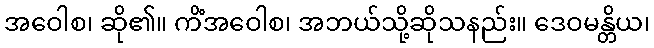
အဝေါစ၊ ဆို၏။ ကိံအဝေါစ၊ အဘယ်သို့ဆိုသနည်း။ ဒေဝမန္တိယ၊